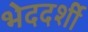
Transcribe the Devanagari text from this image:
भेददर्शी